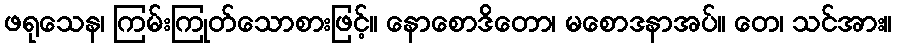
ဖရုသေန၊ ကြမ်းကြုတ်သောစားဖြင့်။ နောစောဒိတော၊ မစောဒနာအပ်။ တေ၊ သင်အား။